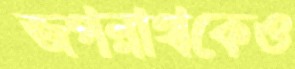
জগন্নাথকেও